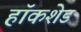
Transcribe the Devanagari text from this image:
हॉकशेड